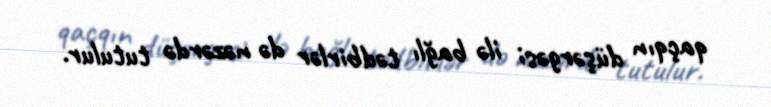
qaçqın düşərgəsi ilə bağlı tədbirlər də nəzərdə tutulur.